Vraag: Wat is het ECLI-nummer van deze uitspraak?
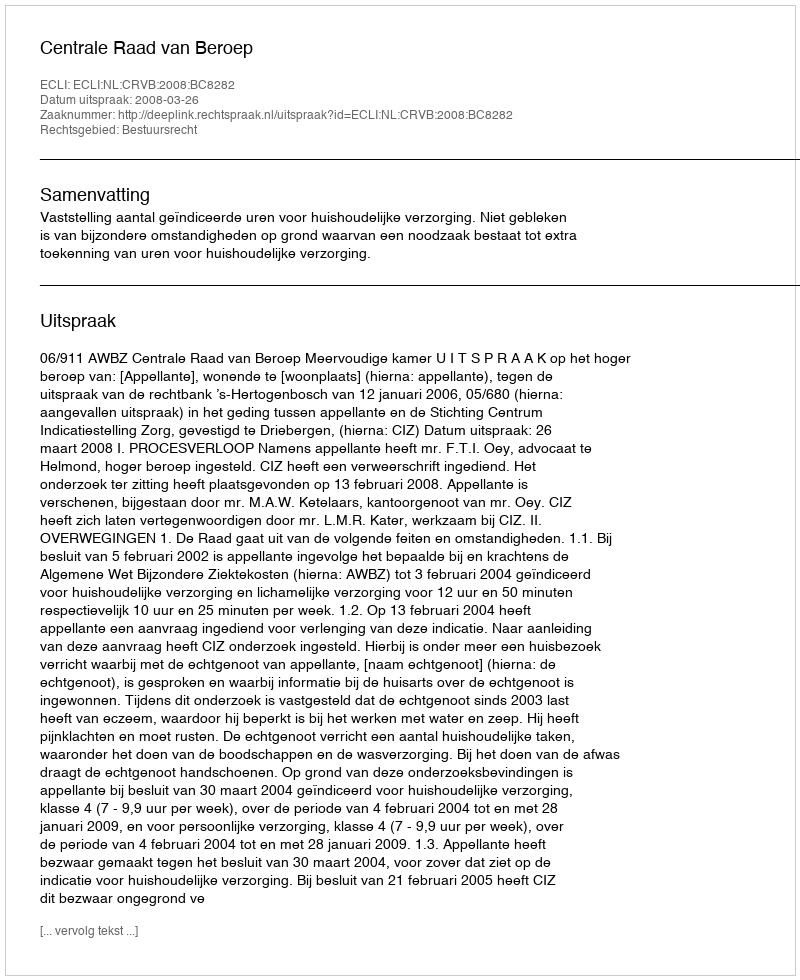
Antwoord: ECLI:NL:CRVB:2008:BC8282